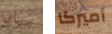
سيان أميركا